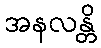
အနလန္တိ